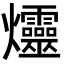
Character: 爧